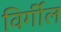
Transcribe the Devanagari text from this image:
विर्गील